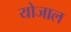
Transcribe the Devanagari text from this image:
योजाल